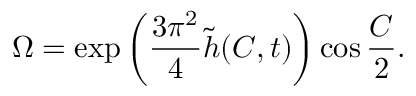
\Omega = \exp \left( \frac { 3 \pi ^ { 2 } } { 4 } \tilde { h } ( C , t ) \right) \cos \frac { C } { 2 } .